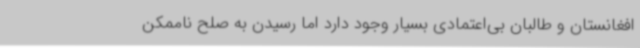
افغانستان و طالبان بی‌اعتمادی بسیار وجود دارد اما رسیدن به صلح ناممکن